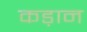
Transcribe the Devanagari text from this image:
कड़ान